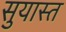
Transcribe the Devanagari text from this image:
सुयास्त